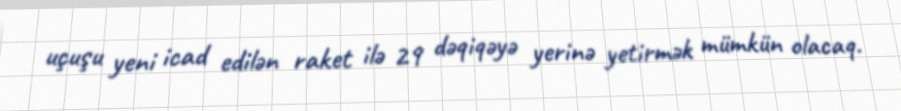
uçuşu yeni icad edilən raket ilə 29 dəqiqəyə yerinə yetirmək mümkün olacaq.